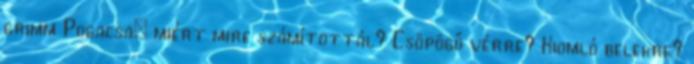
grimm Pogacsa: miért mire számítottál? Csöpögő vérre? Kiomló belekre?